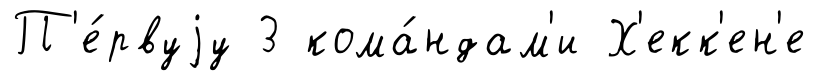
П'е́рвуjу 3 кома́ндам'и Х'екк'ен'е